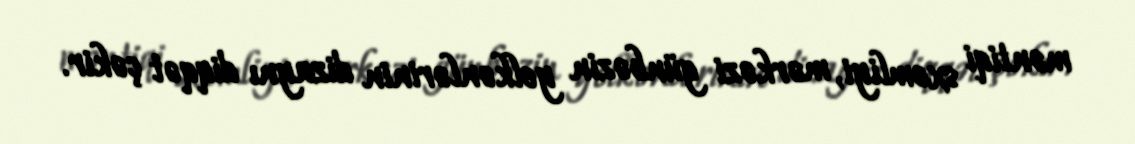
məntiqi sxemliyi, mərkəzi günbəzin yelkənlərinin dizaynı diqqət çəkir.